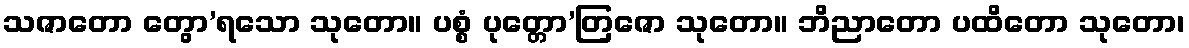
သဇာတော တွော’ရသော သုတော။ ပစ္စံ ပုတ္တော’တြဇော သုတော။ ဘိညာတော ပထိတော သုတော၊